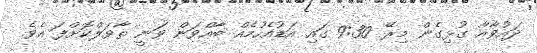
ދައުވާއާ ގުޅިގެން މިރޭ 9:30 ގައި އަޑުއެހުމެއް ބާއްވަން ވަނީ ތާވަލްކޮށްފަ އެވެ.